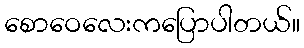
စောဝေလေးကပြောပါတယ်။